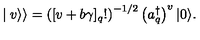
\mid { v } \rangle \rangle = \left( [ v + b \gamma ] _ { q } ! \right) ^ { - 1 / 2 } \left( a _ { q } ^ { \dagger } \right) ^ { v } \vert 0 \rangle .